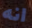
انه